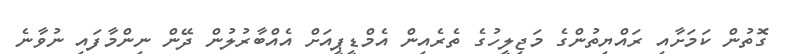
ގޮތުން ކަމަށާއި ރައްޔިތުންގެ މަޖިލީހުގެ ތެރެއިން އެމްޑީޕީއަށް އެއްބާރުލުން ދޭން ނިންމާފައި ނުވާނެ